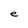
Character: e